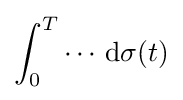
\int _{0}^{T}\cdots \,\mathrm {d} \sigma (t)